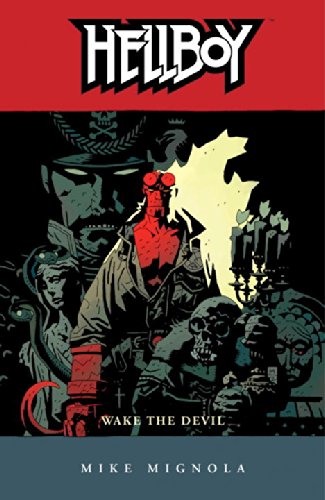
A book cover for Hellboy, Vol. 2: Wake the Devil; Mike Mignola; Comics & Graphic Novels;